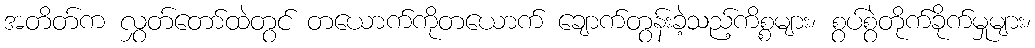
အတိတ်က လွှတ်တော်ထဲတွင် တယောက်ကိုတယောက် ချောက်တွန်းခဲ့သည့်ကိစ္စများ၊ စွပ်စွဲတိုက်ခိုက်မှုများ၊